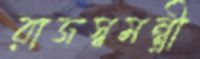
রাজস্বমন্ত্রী